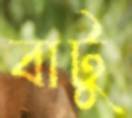
বাটু